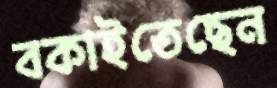
বকাইতেছেন